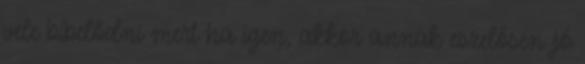
vele bíbelődni mert ha igen, akkor annak eszelősen jó